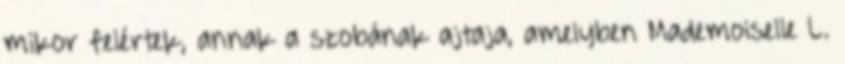
mikor felértek, annak a szobának ajtaja, amelyben Mademoiselle L.